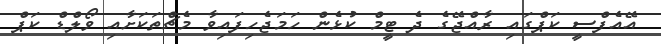
އޭއެފްސީ ކަޕްގައި ރާއްޖޭގެ ދެ ޓީމް ކުޅެން ހަމަޖެހިފައިވާ މެޗްތަކަށާއި ވޯލްޑް ކަޕް